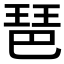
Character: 琶